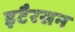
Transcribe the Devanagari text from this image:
इटैरसन